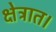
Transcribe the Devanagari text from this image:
क्षेत्रात।